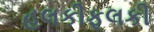
હલકીફૂલકી